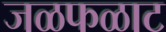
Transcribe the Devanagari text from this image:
जळफळाट